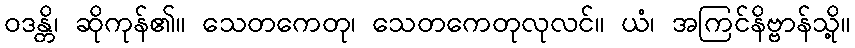
ဝဒန္တိ၊ ဆိုကုန်၏။ သေတကေတု၊ သေတကေတုလုလင်။ ယံ၊ အကြင်နိဗ္ဗာန်သို့။